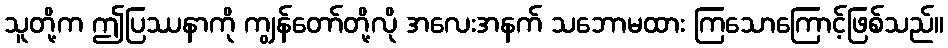
သူတို့က ဤပြဿနာကို ကျွန်တော်တို့လို အလေးအနက် သဘောမထား ကြသောကြောင့်ဖြစ်သည်။